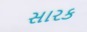
સારક